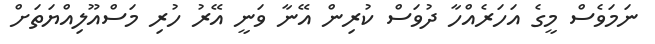
ނަމަވެސް މީގެ އަހަރެއްހާ ދުވަސް ކުރިން އޭނާ ވަނީ އޭރު ހުރި މަސްއޫލިއްޔަތަށް